Report on vaccination in Madras 1904-1921 - 1904-1921
Year: 1904
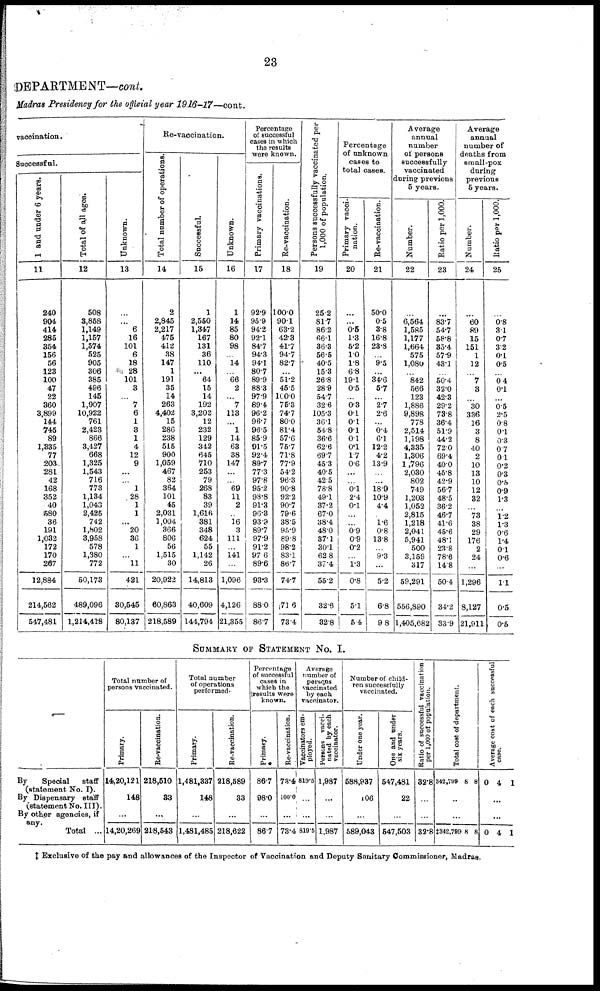
23
DEPARTMENT—cont.
Madras Presidency for the official year 1916-17—cont.
vaccination.
Successful.
1 and under 6 years.
11
240
904
414
285
354
1156
56
123
100
47
22
360
3,899
144
745
89
1,335
77
203
281
42
168
352
40
580
36
191
1,032
172
170
287
12,884
214,562
547,481
Total of all ages.
12
508
3,858
1,149
1,157
1,574
525
905
306
385
496
145
1,907
10,922
761
2,423
866
3,427
668
1,325
1,543
716
773
1,134
1,043
2,425
742
1,802
3,958
578
1,380
772
50,173
489,096
1,214,418
Unknown.
13
...
...
6
16
101
6
18
28
101
3
... 7
6
1
3
1
4
12
9
...
...
1
28
1
11
... 20
36
1
...
11
421
30,545
80,137
Re-vaccination.
Total number of operations.
14
2
2,845
2,217
475
412
38
147
1
191
35
14
263
4,402
15
286
238
515
900
1,059
467
82
364
101
45
2,031
1,004
366
806
56
1,515
30
20,922
60,863
218,589
Successful.
15
1
2,550
1,347
167
131
36
110
... 64
15
14
192
3,202
12
232
129
342
645
710
253
79
268
83
39
1,616
381
348
624
55
1,142
26
14,813
40,609
144,794
Unknown.
16
1
14
85
80
98
...
14
... 66
2
... 7
113
... 1
14
63
38
147
...
... 69
11
2
...
16
3
111
... 141
...
1,096
4,126
21,355
Percentage
of successful
cases in which
the results
were known.
Primary vaccinations.
17
92.9
95.9
94.2
92.1
84.7
94.3
94.1
80.7
89.9
88.3
97.9
89.4
96.2
96.7
96.5
85.9
91.5
92.4
89.7
77.3
97.8
95.2
98.8
91.3
96.3
93.9
89.7
97.9
91.2
97.6
89.6
93.3
88.0
86.7
Re-vaccination.
18
100.0
90.1
63.2
42.3
41.7
94.7
82.7
... 51.2
45.5
100.0
75.3
74.7
80.0
81.4
57.6
75.7
71.8
77.9
54.2
96.3
90.8
92.2
90.7
79.6
38.5
95.9
89.8
98.2
83.1
86.7
74.7
71.6
73.4
Persons successfully vaccinated per
1,000 of population.
19
25.2
81.7
86.2
66.1
36.3
56.5
40.5
15.3
26.8
28.9
54.7
32.6
105.3
36.1
54.8
36.6
62.6
69.7
45.3
40.5
42.5
78.8
49.1
37.2
67.0
38.4
48.0
37.1
30.1
62.8
37.4
55.2
32.6
32.8
Percentage
of unknown
cases to
total cases.
Primary vacci¬
nation.
20
...
...
0.5
1.3
5.2
1.0
1.8
6.8
19.1
0.5
... 0.3
0.1
0.1
0.1
0.1
0.1
1.7
0.6
...
...
0.1 2.4
0.1
...
... 0.9
0.9
0.2
...
1.3
0.8
5.1
5.4
Re-vaccination.
21
50.0
0.5
3.8
16.8
23.8
... 9.5
...
34.6
5.7
... 2.7
2.6
...
0.4
6.1
12.2
4.2
13.9
...
...
18.9
10.9
4.4
...
1.6
0.8
13.8
... 9.3
...
5.2
6.8
9.8
Average
annual
number
of persons
successfully
vaccinated
during previous
5 years.
Number.
22
...
6,564
1,585
1,177
1,664
575
1,080
... 842
566
123
1,886
9,898
778
2,514
1,198
4,335
1,306
1,796
2,030
802
749
1,203
1,052
2,815
1,218
2,041
5,941
500
3,159
317
59,291
556,890
1,405,682
Ratio per 1,000.
23
...
83.7
54.7
58.8
35.4
57.9
43.1
... 50.4
32.0
42.3
29.2
73.8
36.4
51.9
44.2
72.0
69.4
40.0
45.8
42.9
56.7
48.5
36.2
46.7
41.6
45.6
48.1
23.8
78.6
14.8
50.4
34.2
33.9
Average
annual
number of
deaths from
small-pox
during
previous
5 years.
Number.
24
...
60
89
15
151
1
12
... 7
3
... 30
336
16
3
8
40
2
10
13
10
12
32
...
73
38
29
176
2
24
...
1,296
8,127
21,911
Ratio per 1,000.
25
...
0.8
3.1
0.7
3.2
0.1
0.5
... 0.4
0.1
...
0.5
2.5
0.8
0.1
0.3
0.7
0.1
0.2
0.3
0.5
0.9
1.3
...
1.2
1.3
0.6
1.4
0.1
0.6
...
1.1
0.5
0.5
SUMMARY OF STATEMENT No. I.
—
By
Special
staff
(statement No. I).
By Dispensary staff
(statement No. III).
By other agencies, if
any.
Total ...
Total number of
persons vaccinated.
Primary.
14,20,121
148
...
14,20,269
Re-vaccination.
218,510
33
...
218,543
Total number
of operations
performed.
Primary.
1,481,337
148
...
1,481,485
Re-vaccination.
218,589
33
...
218,622
Percentage
of successful
cases in
which the
results were
known.
Primary.
86.7
98.0
...
86.7
Re-vaccination.
73.4
100.0
...
73.4
Average
number of
persons
vaccinated
by each
vaccinator.
Vaccinators em-
ployed.
819.5
...
...
819.5
Persons vacci-
nated by each
vaccinator.
1,987
...
...
1,987
Number of child-
ren successfully
vaccinated.
Under one year.
588,937
106
...
589,043
One and under
six years.
547,481
22
...
547,503
Ratio of successful vaccination
per 1,000 of population.
32.8
...
...
32.8
Total cost of department.
342,799 8 8
...
...
‡342,799 8 8
Average cost of each successful
case.
0 4 1
...
...
0 4 1
‡ Exclusive of the pay and allowances of the Inspector of Vaccination and Deputy Sanitary Commissioner, Madras.